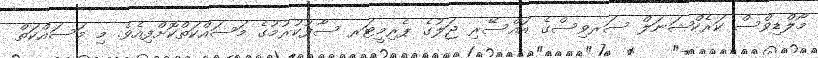
މޯލްޑިވްސް ކަރެކްޝަނަލް ސަރވިސްގެ އައްސޭރި ޖަލުގެ ޕެރިމީޓަރ ސާފުކުރުމުގެ މަސައްކަތްކޮށްފިއެވެ. މި މަސައްކަތް